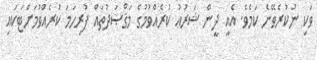
ވަކި ނުކުރެވޭނެ ކަމެވެ. އެއީ ދީން ޝަރުޢު ކުރެއްވުމުގެ މަޤްޞަދުތައް ފުރިހަމަ ކުރެއްވުމަށްޓަކައި